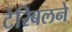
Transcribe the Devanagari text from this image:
टेरिबलने